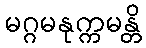
မဂ္ဂမနုက္ကမန္တိ